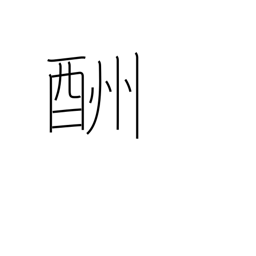
Meaning: retribution